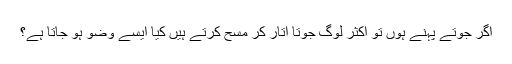
اگر جوتے پہنے ہوں تو اکثر لوگ جوتا اتار کر مسح کرتے ہیں کیا ایسے وضو ہو جاتا ہے؟